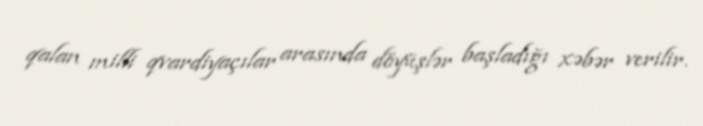
qalan milli qvardiyaçılar arasında döyüşlər başladığı xəbər verilir.